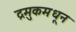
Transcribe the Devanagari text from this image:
द्रमुकमधून